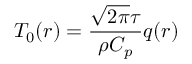
T _ { 0 } ( \boldsymbol { r } ) = \frac { \sqrt { 2 \pi } \tau } { \rho C _ { p } } q ( \boldsymbol { r } )